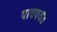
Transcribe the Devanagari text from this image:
पाचपर्यंत